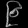
Digit: ၉